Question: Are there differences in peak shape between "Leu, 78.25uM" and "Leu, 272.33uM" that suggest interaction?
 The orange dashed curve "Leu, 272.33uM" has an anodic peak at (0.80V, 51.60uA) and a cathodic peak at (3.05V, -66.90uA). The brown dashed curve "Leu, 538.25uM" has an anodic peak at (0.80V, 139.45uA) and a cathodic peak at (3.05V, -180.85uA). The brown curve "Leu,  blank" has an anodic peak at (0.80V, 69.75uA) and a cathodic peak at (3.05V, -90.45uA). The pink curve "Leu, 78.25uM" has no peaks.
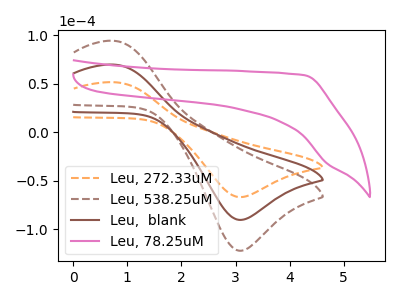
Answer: <think>"Leu, 78.25uM" and "Leu, 272.33uM" have a different number of peaks.
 </think>
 <answer>Yes, "Leu, 78.25uM" and "Leu, 272.33uM" are different in shape.</answer>
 <eval>yes_change</eval>